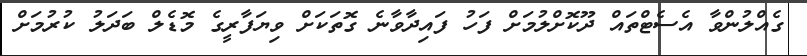
ގެއްލުންވާ އެސެޓްތައް ދޫކޮށްލުމަށް ފަހު ފައިދާވާނެ ގޮތަކަށް ވިޔަފާރީގެ މޮޑެލް ބަދަލު ކުރުމަށް